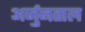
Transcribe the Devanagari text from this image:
अर्जुनताल